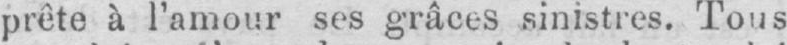
prête à l’amour ses grâces sinistres. Tous